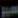
سير